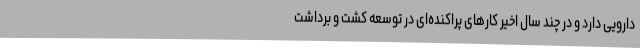
دارویی دارد و در چند سال اخیر کارهای پراکنده‌ای در توسعه کشت و برداشت